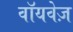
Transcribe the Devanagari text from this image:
वॉयवेज़